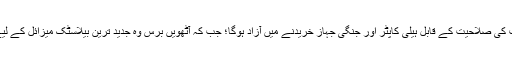
پانچ برس بعد، ایران لڑکا طیارے، جارحیت کی صلاحیت کے قابل ہیلی کاپٹر اور جنگی جہاز خریدنے میں آزاد ہوگا؛ جب کہ آٹھویں برس وہ جدید ترین بیلاسٹک میزائل کے لیے مواد حاصل کرنے کے قابل ہو جائے گا۔